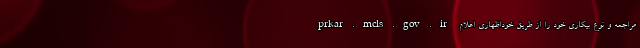
prkar.mcls.gov.ir مراجعه و نوع بیکاری خود را از طریق خوداظهاری اعلام